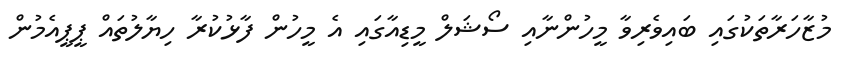
މުޒާހަރާތަކުގައި ބައިވެރިވާ މީހުންނާއި ސޯޝަލް މީޑިއާގައި އެ މީހުން ފާޅުކުރާ ހިޔާލުތައް ޕީޕީއެމުން